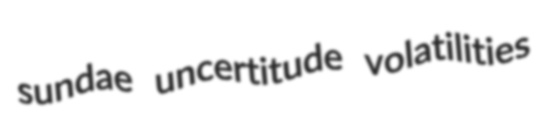
sundae uncertitude volatilities